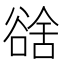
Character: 𧮿